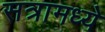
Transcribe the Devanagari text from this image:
सत्रामध्ये